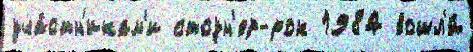
уча́стн'икам'и стоун'ер-рок 1984 вошл'и́